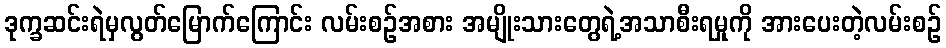
ဒုက္ခဆင်းရဲမှလွတ်မြောက်ကြောင်း လမ်းစဉ်အစား အမျိုးသားတွေရဲ့အသာစီးရမှုကို အားပေးတဲ့လမ်းစဉ်